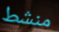
منشط